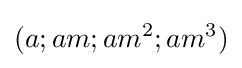
(a;am;am^{2};am^{3})